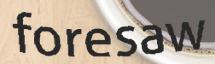
foresaw